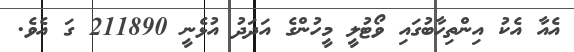
އެއާ އެކު އިންތިހާބުގައި ވޯޓުލީ މީހުންގެ އަދަދު އުޅެނީ 211890 ގަ އެވެ.